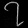
Digit: ၇